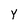
Character: Y